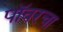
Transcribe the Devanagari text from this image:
पॉवरचा